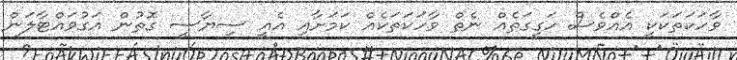
ވާހަކަތަކަކީ އެއްވެސް ހަގީގަތެއް ނެތް ވާހަކަތަކެއް ކަމަށާއި އެއީ ސިޔާސީ ގޮތުން އަގުވައްޓާލަން